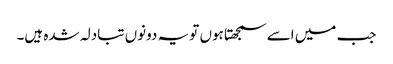
جب میں اسے سمجھتا ہوں تو یہ دونوں تبادلہ شدہ ہیں۔